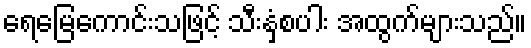
ရေမြေကောင်းသဖြင့် သီးနှံစပါး အထွက်များသည်။